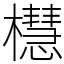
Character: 櫘